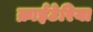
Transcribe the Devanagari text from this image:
क्राईटेरिया